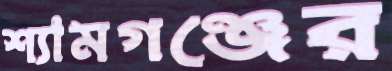
শ্যামগঞ্জের